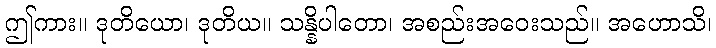
ဤကား။ ဒုတိယော၊ ဒုတိယ။ သန္နိပါတော၊ အစည်းအဝေးသည်။ အဟောသိ၊